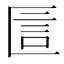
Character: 𠥇